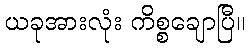
ယခုအားလုံး ကိစ္စချောပြီ။